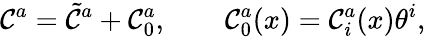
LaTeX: \mathcal{C}^{a}=\tilde{{\mathcal{C}}}^{a}+\mathcal{C}_{0}^{a},\quad\quad\mathcal{C}_{0}^{a}(x)=\mathcal{C}_{i}^{a}(x)\theta^{i},